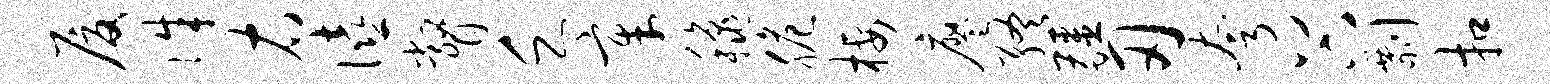
厦侏右僖瞥乏章秋脆栖廖终疆刃夸谷剽扣